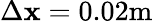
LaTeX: \Delta\mathbf{x}=0.02\textrm{{m}}